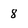
Character: 8